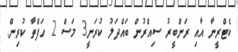
ކެޓްރީނާ އާއި ރަންބީރު ސިއްރުން ބައްދަލު ކުރަނީ3 މަސް 2 ހަފްތާ ކުރިން.